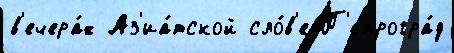
в'ечера́х Аз'иа́тской сло́в'е П'етрогра́д